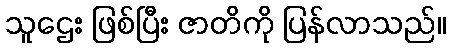
သူဌေး ဖြစ်ပြီး ဇာတိကို ပြန်လာသည်။